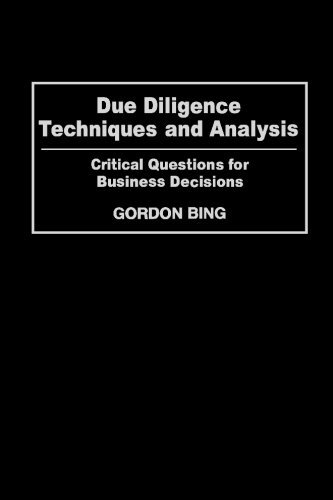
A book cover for Due Diligence Techniques and Analysis: Critical Questions for Business Decisions; Gordon Bing; Business & Money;